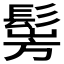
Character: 𩭎